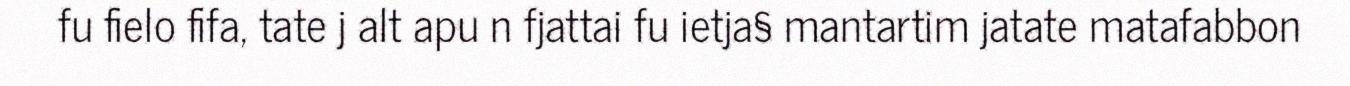
fu fielo fifa, tate j alt apu n fjattai fu ietja§ mantartim jatate matafabbon